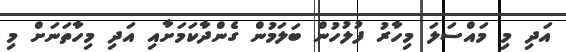
އަދި މި މައްސަލަ މިހާރު ފުލުހުން ބަލަމުން ގެންދާކަމަށާއި އަދި މިހާތަނަށް މި